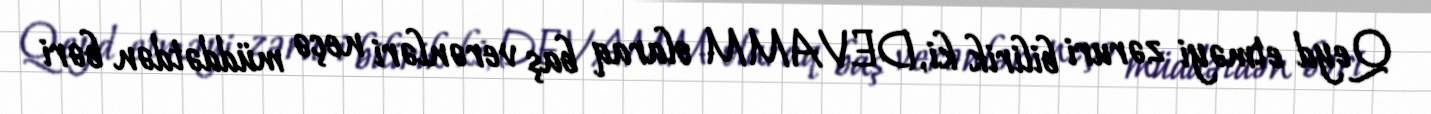
Qeyd etməyi zəruri bilirik ki, DEVAMM olaraq baş verənləri neçə müddətdən bəri